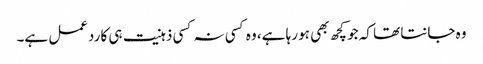
وہ جانتا تھا کہ جو کچھ بھی ہو رہا ہے، وہ کسی نہ کسی ذہنیت ہی کا ردعمل ہے۔